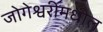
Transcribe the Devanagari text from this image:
जोगेश्वरीमधील